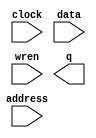
`timescale 1 ps / 1 ps
module SPI_RAM (
	address,
	clock,
	data,
	wren,
	q);

	input	[6:0]  address;
	input	  clock;
	input	[15:0]  data;
	input	  wren;
	output	[15:0]  q;
`ifndef ALTERA_RESERVED_QIS
// synopsys translate_off
`endif
	tri1	  clock;
`ifndef ALTERA_RESERVED_QIS
// synopsys translate_on
`endif

	wire [15:0] sub_wire0;
	wire [15:0] q = sub_wire0[15:0];

	`ifdef IS_ALTERA
	altsyncram	altsyncram_component (
				.address_a (address),
				.clock0 (clock),
				.data_a (data),
				.wren_a (wren),
				.q_a (sub_wire0),
				.aclr0 (1'b0),
				.aclr1 (1'b0),
				.address_b (1'b1),
				.addressstall_a (1'b0),
				.addressstall_b (1'b0),
				.byteena_a (1'b1),
				.byteena_b (1'b1),
				.clock1 (1'b1),
				.clocken0 (1'b1),
				.clocken1 (1'b1),
				.clocken2 (1'b1),
				.clocken3 (1'b1),
				.data_b (1'b1),
				.eccstatus (),
				.q_b (),
				.rden_a (1'b1),
				.rden_b (1'b1),
				.wren_b (1'b0));
	defparam
		altsyncram_component.clock_enable_input_a = "BYPASS",
		altsyncram_component.clock_enable_output_a = "BYPASS",
		altsyncram_component.init_file = "LOOP.hex",
		altsyncram_component.intended_device_family = "MAX 10 FPGA",
		altsyncram_component.lpm_hint = "ENABLE_RUNTIME_MOD=YES,INSTANCE_NAME=SPIR",
		altsyncram_component.lpm_type = "altsyncram",
		altsyncram_component.numwords_a = 128,
		altsyncram_component.operation_mode = "SINGLE_PORT",
		altsyncram_component.outdata_aclr_a = "NONE",
		altsyncram_component.outdata_reg_a = "UNREGISTERED",
		altsyncram_component.power_up_uninitialized = "FALSE",
		altsyncram_component.read_during_write_mode_port_a = "NEW_DATA_NO_NBE_READ",
		altsyncram_component.widthad_a = 7,
		altsyncram_component.width_a = 16,
		altsyncram_component.width_byteena_a = 1;
	`endif

endmodule